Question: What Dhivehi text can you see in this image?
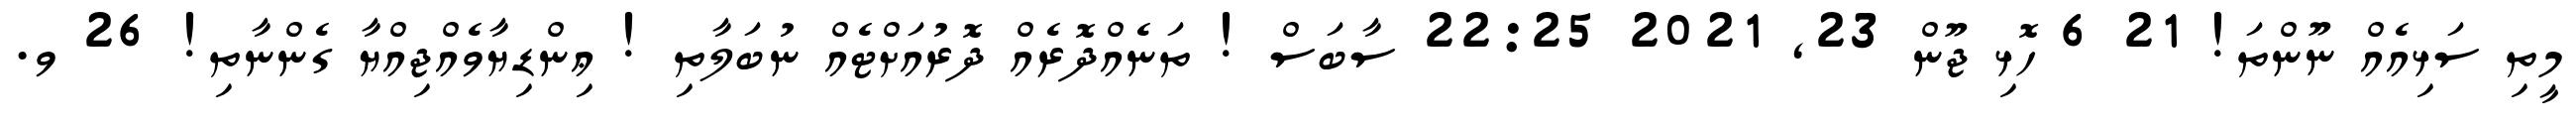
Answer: މީތި ސަޅިއެއް ނޫންތަ! 21 6 ހޮޅި ޖޫން 23, 2021 22:25 ސާބަސް ! ތަނެއްދޮރެއް ދޮރުއަށްޓެއް ނުބަލާތި ! ޢިންޑިޔާވެއްޖިއްޔާ ގެންނާތި! 26 ވ.